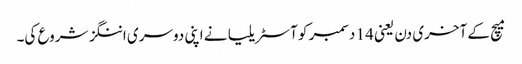
میچ کے آخری دن یعنی 14 دسمبر کو آسٹریلیا نے اپنی دوسری اننگز شروع کی۔